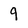
Character: 9